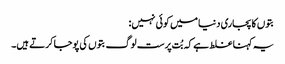
بتوں کا پجاری دنیا میں کوئی نہیں:
یہ کہنا غلط ہے کہ بُت پرست لوگ بتوں کی پوجا کرتے ہیں۔